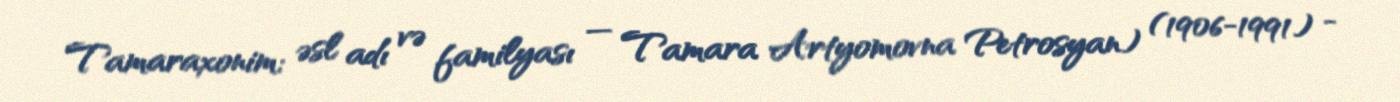
Tamaraxonim; əsl adı və familyası — Tamara Artyomovna Petrosyan) (1906-1991) -